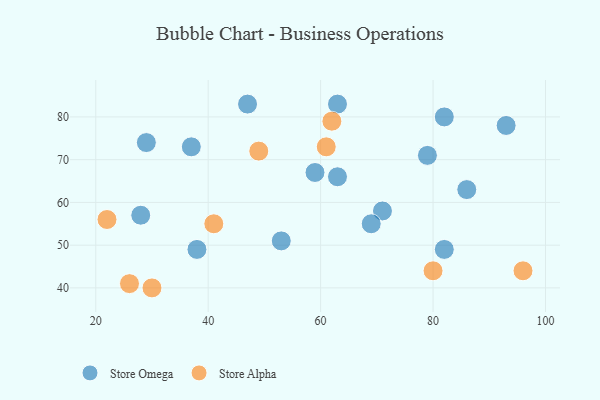
{"axis": {"x": "GDP", "y": "Life Expectancy"}, "legend": ["Store Alpha", "Store Omega"], "data": [{"x": "53", "y": 51, "type": "Store Omega"}, {"x": "63", "y": 83, "type": "Store Omega"}, {"x": "59", "y": 67, "type": "Store Omega"}, {"x": "63", "y": 66, "type": "Store Omega"}, {"x": "82", "y": 80, "type": "Store Omega"}, {"x": "82", "y": 49, "type": "Store Omega"}, {"x": "38", "y": 49, "type": "Store Omega"}, {"x": "71", "y": 58, "type": "Store Omega"}, {"x": "86", "y": 63, "type": "Store Omega"}, {"x": "37", "y": 73, "type": "Store Omega"}, {"x": "93", "y": 78, "type": "Store Omega"}, {"x": "79", "y": 71, "type": "Store Omega"}, {"x": "69", "y": 55, "type": "Store Omega"}, {"x": "29", "y": 74, "type": "Store Omega"}, {"x": "47", "y": 83, "type": "Store Omega"}, {"x": "28", "y": 57, "type": "Store Omega"}, {"x": "41", "y": 55, "type": "Store Alpha"}, {"x": "96", "y": 44, "type": "Store Alpha"}, {"x": "80", "y": 44, "type": "Store Alpha"}, {"x": "49", "y": 72, "type": "Store Alpha"}, {"x": "30", "y": 40, "type": "Store Alpha"}, {"x": "22", "y": 56, "type": "Store Alpha"}, {"x": "62", "y": 79, "type": "Store Alpha"}, {"x": "26", "y": 41, "type": "Store Alpha"}, {"x": "61", "y": 73, "type": "Store Alpha"}]}